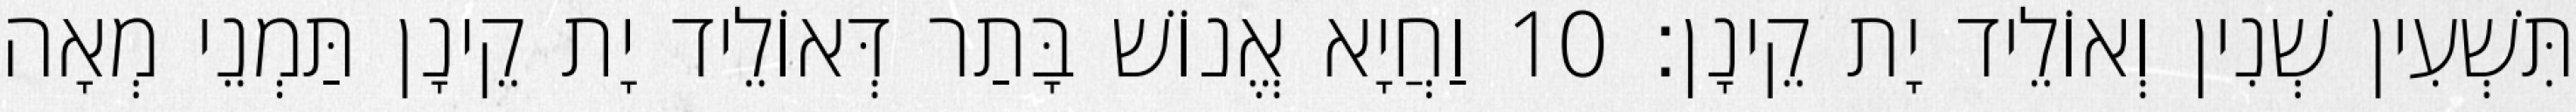
תִּשְׁעִין שְׁנִין וְאוֹלֵיד יָת קֵינָן׃ 10 וַחֲיָא אֱנוֹשׁ בָּתַר דְּאוֹלֵיד יָת קֵינָן תַּמְנֵי מְאָה